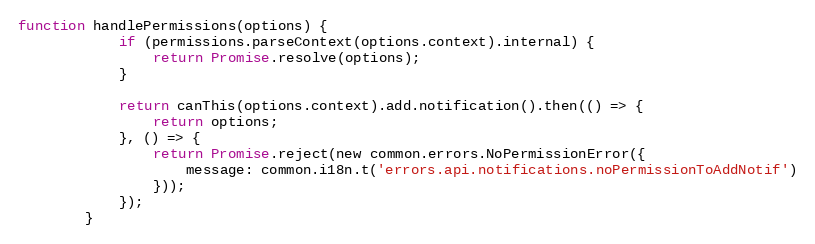
Language: JavaScript
function handlePermissions(options) {
            if (permissions.parseContext(options.context).internal) {
                return Promise.resolve(options);
            }

            return canThis(options.context).add.notification().then(() => {
                return options;
            }, () => {
                return Promise.reject(new common.errors.NoPermissionError({
                    message: common.i18n.t('errors.api.notifications.noPermissionToAddNotif')
                }));
            });
        }